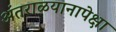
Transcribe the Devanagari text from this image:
अंतराळयानापेक्षा